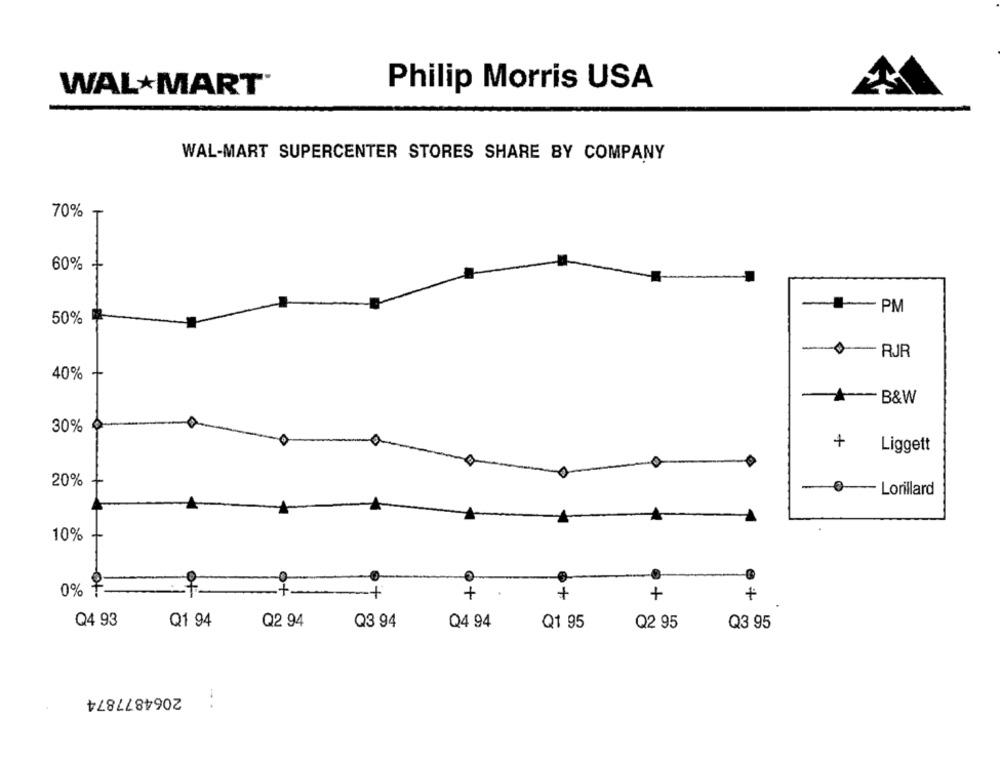
WALMART'
Philip Morris USA
WAL-MART SUPERCENTER STORES SHARE BY COMPANY
70%
60%
-- PM
50%
RJR
40%
A-B&W
30%
+
Liggett
20%
Lorillard
10%
0% +
+
.
+
+
+
+
Q4 93
Q1 94
Q2 94
Q3 94
Q4 94
Q1 95
Q2 95
Q3 95
2064877874